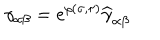
\gamma _ { \alpha \beta } = e ^ { \rho ( \sigma , \tau ) } { \widehat \gamma } _ { \alpha \beta }